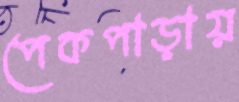
পেকপাড়ায়